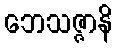
ဘေသဇ္ဇာနိ